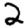
Digit: 2